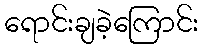
ရောင်းချခဲ့ကြောင်း